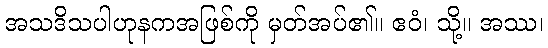
အသဒိသပါဟုနကအဖြစ်ကို မှတ်အပ်၏။ ဧဝံ၊ သို့။ အဿ၊